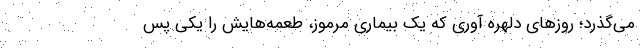
می‌گذرد؛ روزهای دلهره آوری که یک بیماری مرموز، طعمه‌هایش را یکی پس